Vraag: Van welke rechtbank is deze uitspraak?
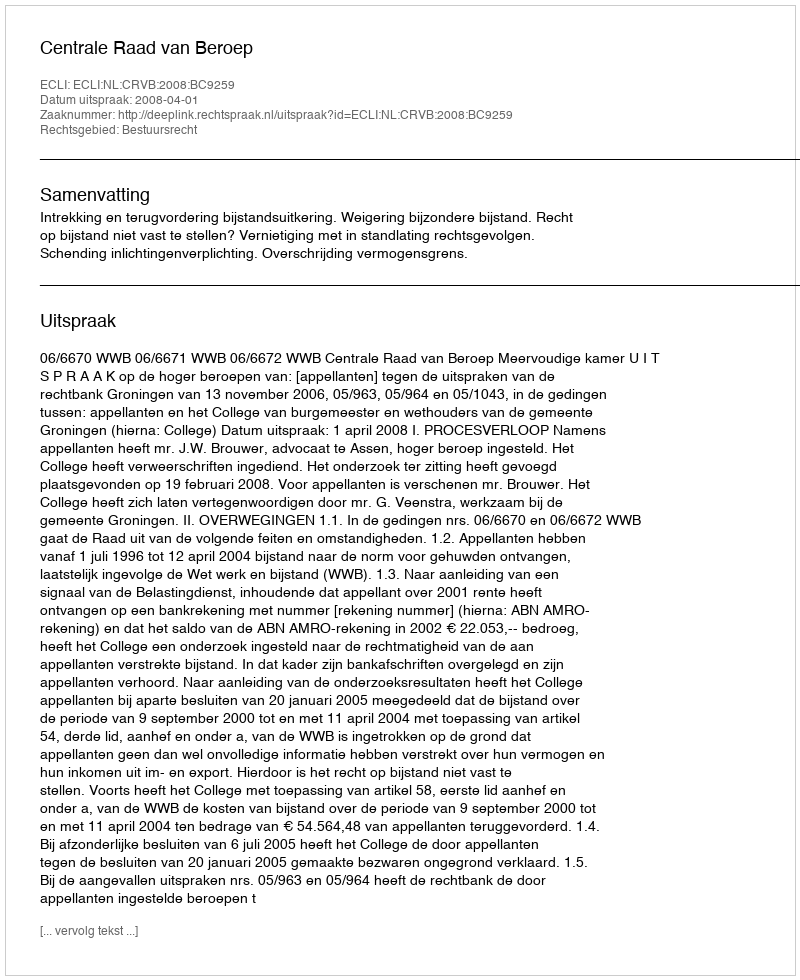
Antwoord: Centrale Raad van Beroep